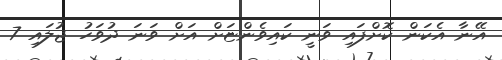
އޭނާ އެކަން ކޮށްފައި ވަނީ ކައިވެންޏަށް އަށް ވަނަ ދުވަހު ޖުލައި 7